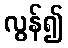
လွန်၍